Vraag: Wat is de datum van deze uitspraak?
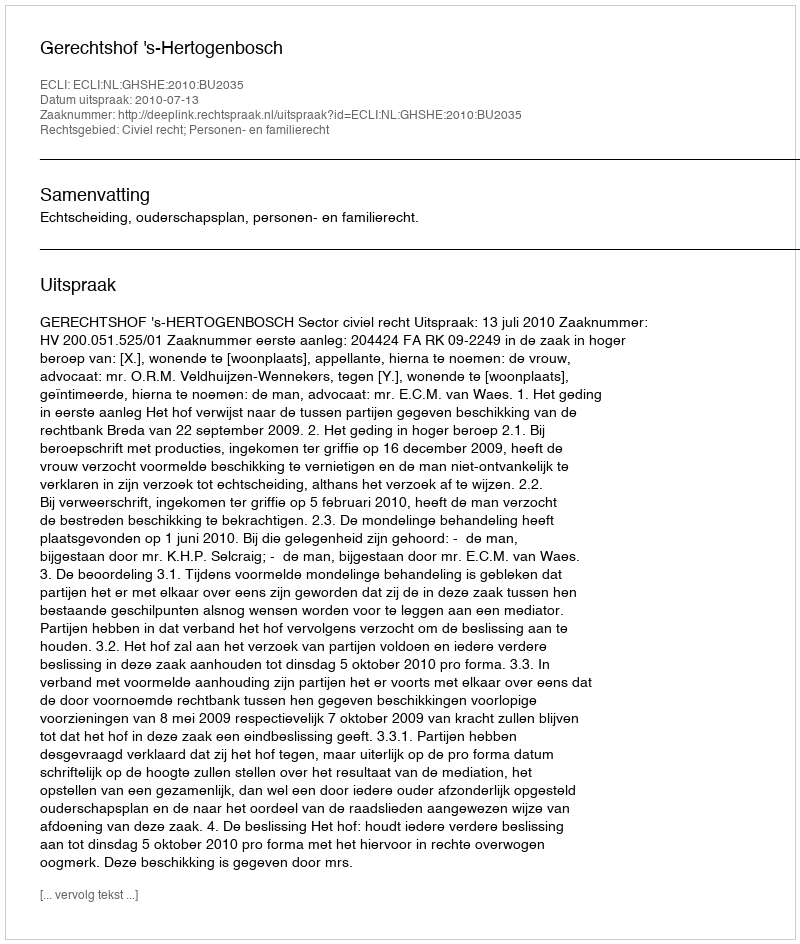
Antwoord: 2010-07-13